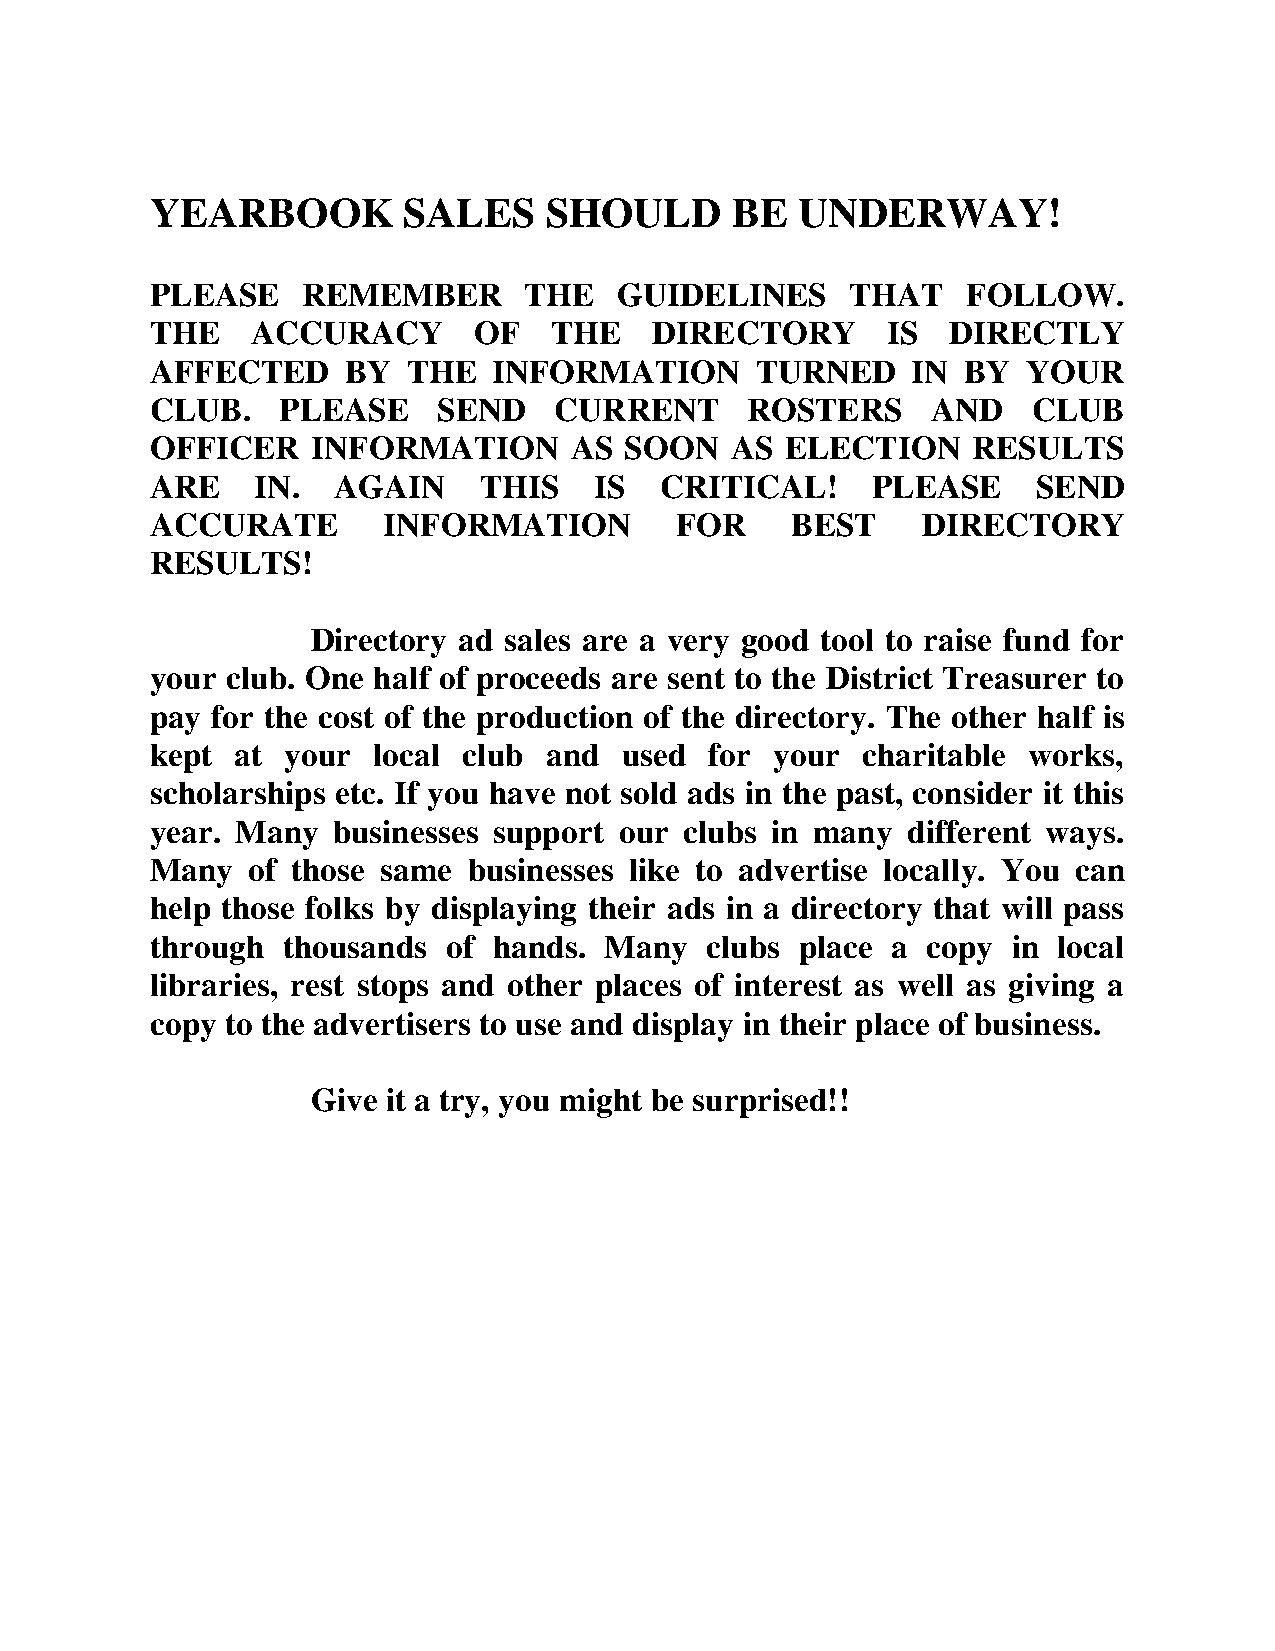
YEARBOOK         SALES    SHOULD       BE  UNDERWAY!
 PLEASE    REMEMBER       THE   GUIDELINES     THAT    FOLLOW.
 THE    ACCURACY      OF   THE    DIRECTORY       IS  DIRECTLY
 AFFECTED     BY  THE   INFORMATION      TURNED    IN  BY  YOUR
 CLUB.   PLEASE     SEND    CURRENT     ROSTERS      AND   CLUB
 OFFICER    INFORMATION      AS SOON   AS  ELECTION    RESULTS
 ARE    IN.  AGAIN     THIS   IS   CRITICAL!     PLEASE     SEND
 ACCURATE       INFORMATION         FOR    BEST     DIRECTORY
 RESULTS!
 Directory ad sales are a very good tool to raise fund for
 your club. One half of proceeds are sent to the District Treasurer to
 pay for the cost of the production of the directory. The other half is
 kept  at your  local club and  used  for your  charitable works,
 scholarships etc. If you have not sold ads in the past, consider it this
 year. Many  businesses support our clubs in many  different ways.
 Many  of those same  businesses like to advertise locally. You can
 help those folks by displaying their ads in a directory that will pass
 through  thousands  of hands. Many   clubs place a copy  in local
 libraries, rest stops and other places of interest as well as giving a
 copy to the advertisers to use and display in their place of business.
 Give it a try, you might be surprised!!